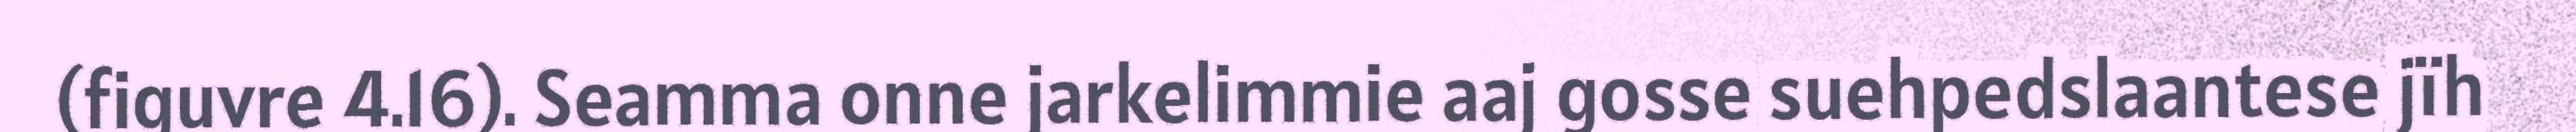
(figuvre 4.16). Seamma onne jarkelimmie aaj gosse suehpedslaantese jïh